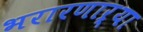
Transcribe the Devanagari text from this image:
भरारणाऱ्या